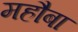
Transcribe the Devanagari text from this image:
महौबा